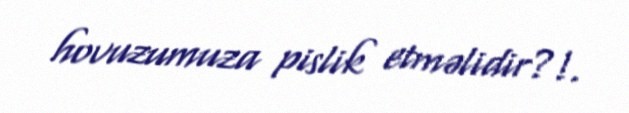
hovuzumuza pislik etməlidir?!.